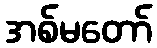
အစ်မတော်